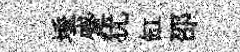
埵蹙犹缸邵